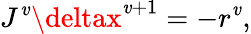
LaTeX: J^{\mathit{v}}\deltax^{\mathit{v}+1}=-r^{\mathit{v}},